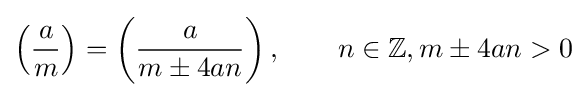
\left({\frac {a}{m}}\right)=\left({\frac {a}{m\pm 4an}}\right),\qquad n\in \mathbb {Z} ,m\pm 4an>0